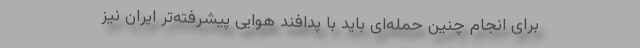
برای انجام چنین حمله‌ای باید با پدافند هوایی پیشرفته‌تر ایران نیز